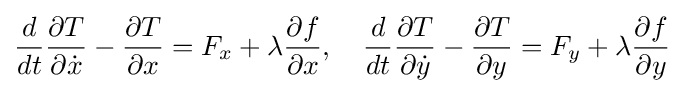
{\frac {d}{dt}}{\frac {\partial T}{\partial {\dot {x}}}}-{\frac {\partial T}{\partial x}}=F_{x}+\lambda {\frac {\partial f}{\partial x}},\quad {\frac {d}{dt}}{\frac {\partial T}{\partial {\dot {y}}}}-{\frac {\partial T}{\partial y}}=F_{y}+\lambda {\frac {\partial f}{\partial y}}